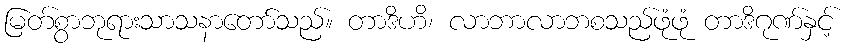
မြတ်စွာဘုရားသာသနာတော်သည်။ တာဒိဟိ၊ လာဘာလာဘစသည်ဖုံဖုံ တာဒိဂုဏ်နှင့်